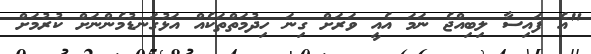
"އެ ފައިސާ ލިބިއްޖެ ނަމަ އެއީ ވަރަށް ގިނަ ހިދުމަތްތަކެއް އަޅުގަނޑުމެންނަށް ކުރުމަށް